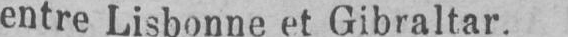
entre Lisbonne et Gibraltar.